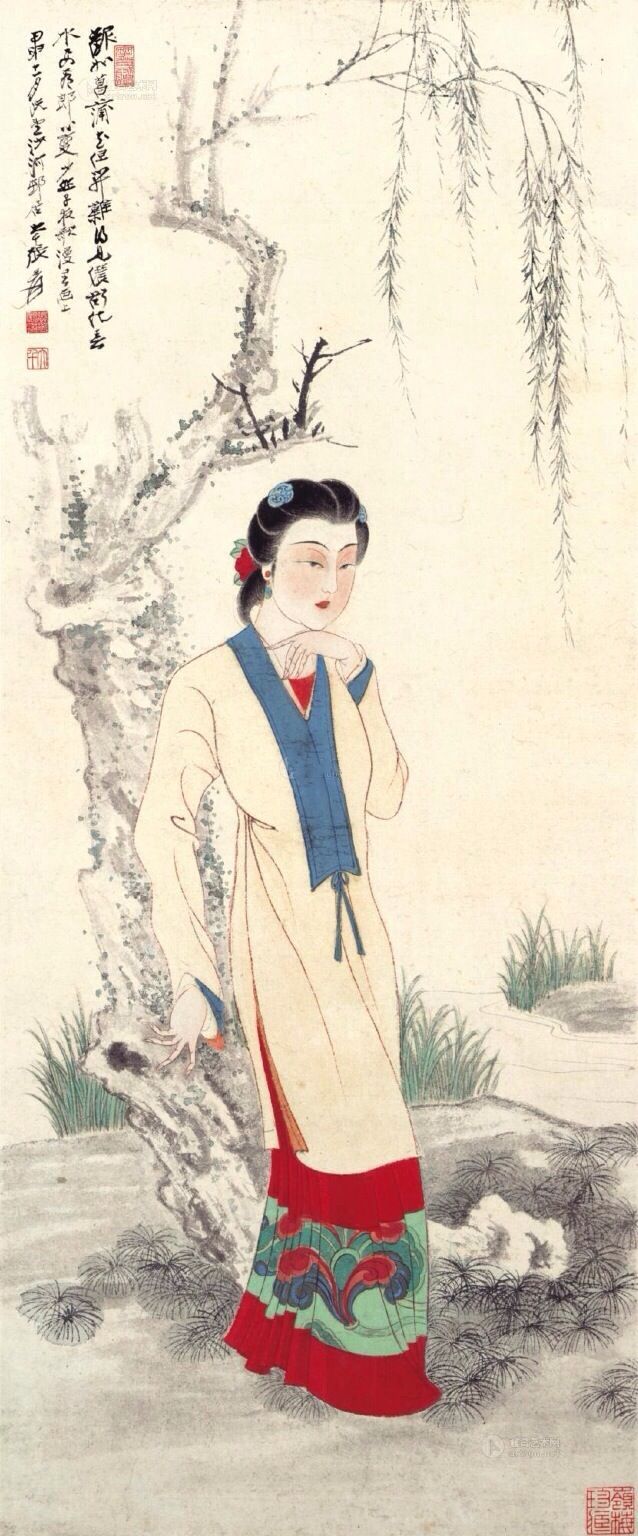
香汗薄衫凉，凉衫薄汗香。